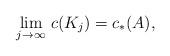
LaTeX: \begin{align*}\lim_{j\to\infty}\,c(K_j)=c_*(A),\end{align*}